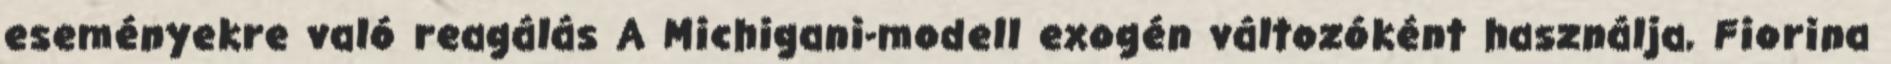
eseményekre való reagálás A Michigani-modell exogén változóként használja, Fiorina